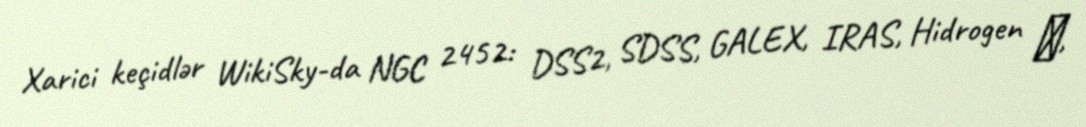
Xarici keçidlər WikiSky-da NGC 2452: DSS2, SDSS, GALEX, IRAS, Hidrogen α,